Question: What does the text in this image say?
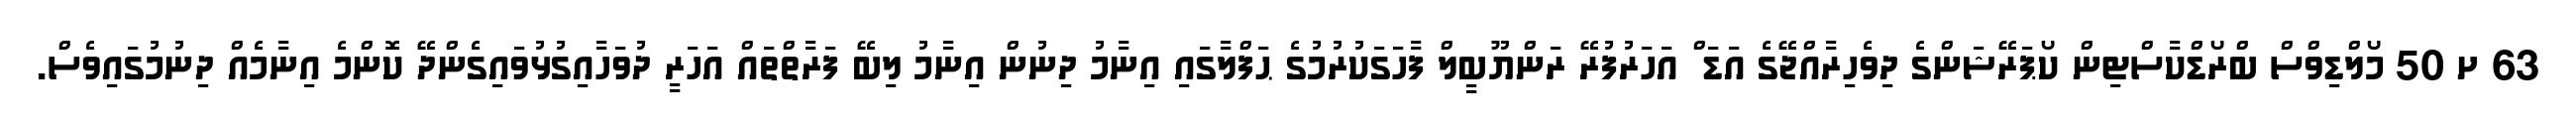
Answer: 63 ށ 50 މޯލްޑިވްސް ބްރޯޑްކާސްޓިން ކޯޕަރޭޝަންގެ ދިވެހިރާއްޖޭގެ އަޑަ ް އަހަރުފުރޭ ރަންޔޫބީލް ފާހަގަކުރުމުގެ ޙަފްލާގައި އިނާމު ދިނުން އިނާމު ލިބޭ ފަރާތްތައް އަހަރީ ދުވަހާއިގުޅުވައިގެންދޭ ކޮންމެ އިނާމެއް ދިނުމުގައިވެސް.